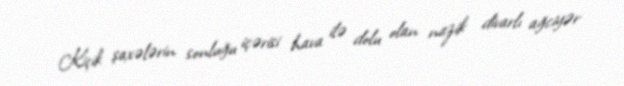
Kiçik şaxələrin sonluğu içərisi hava ilə dolu olan nazik divarlı ağciyər